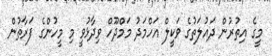
މީގެ އިތުރުން ދައުލަތުގެ ވަކީލް އަހްމަދު މަމްދޫހް ވިދާޅުވީ މި މީހުންގެ ފަރާތުން